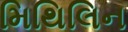
મિથિલિન